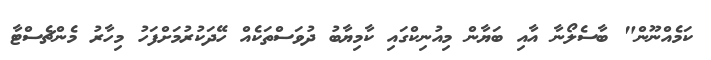
ކަމެއްނޫން" ބާސެލޯނާ އާއި ބަޔާން މިއުނިކްގައި ކާމިޔާބު ދުވަސްތަކެއް ހޭދަކުރުމަށްފަހު މިހާރު މެންޗެސްޓާ